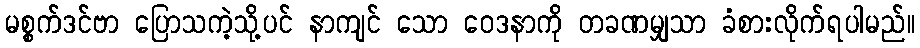
မစ္စက်ဒင်ဗာ ပြောသကဲ့သို့ပင် နာကျင် သော ဝေဒနာကို တခဏမျှသာ ခံစားလိုက်ရပါမည်။